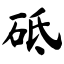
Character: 砥